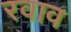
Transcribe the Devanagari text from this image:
रवाव